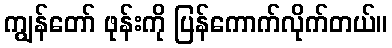
ကျွန်တော် ဖုန်းကို ပြန်ကောက်လိုက်တယ်။